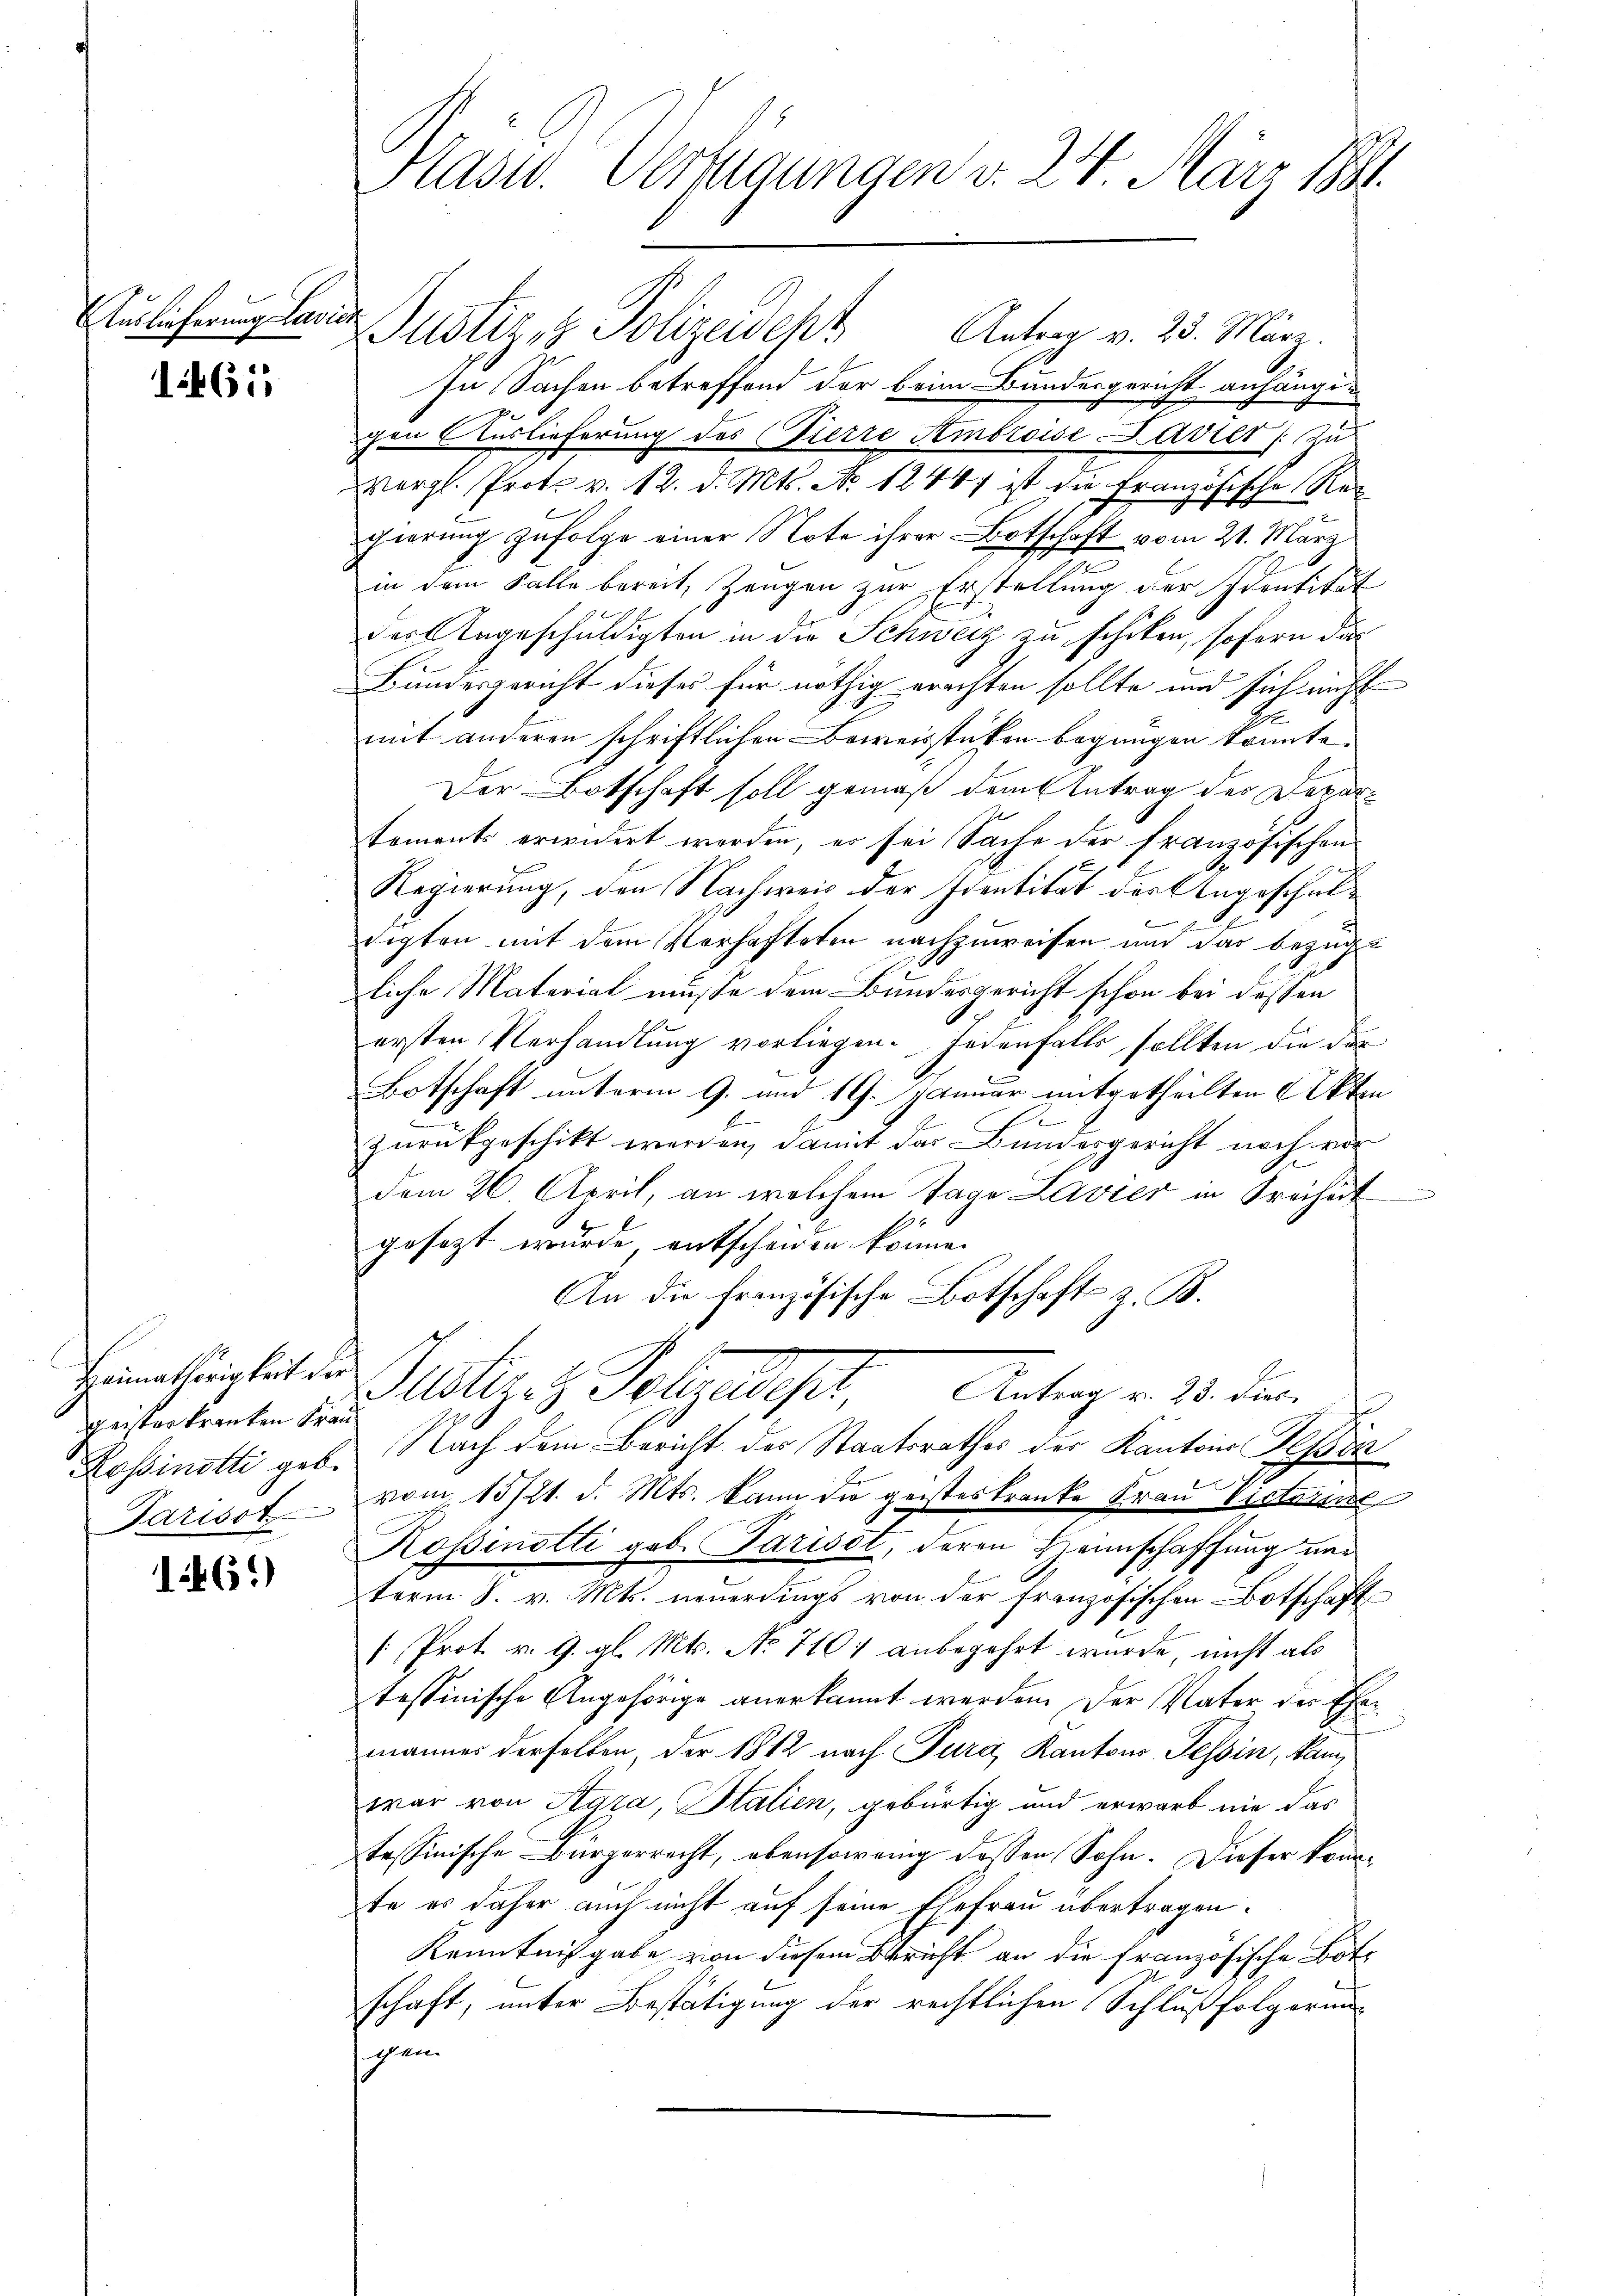
1461

geisterkranten Frau
Rossinotti geb.

16.)

Pasid. Verzugungen v. 24. März 1881.

Anlicherung leide Justiz- & Polizeideph Antrag v. 25. März.
In Sachen betreffend der beim Bundesgericht anhängigen Auslieferung des (Vierte Ambroise Lastet (Zu
Wergl. Prot. v. 12. d. Mts. No 1244) ist die Französische Regierung zufolge einer Note ihrer Botschaft vom 21. März
in dem Falle bereit, Zeugen zur Erstellung der Identität
der Angeschuldigten in die Schweiz zu schiken, sofern das
Bundesgericht dieses für nöthig erachten sollte und sich nicht
mit anderen schriftlichen Beweisstücken begnügen konnte.
Der Botschaft soll gemäß dem Antrag der Departoments erwidert werden, es sei Sache der französischen
Regierung, den Nachweis der Identität der Angeschule
d
tigten mit dem Verhafteten nachzuweisen und das bezügt
liche Material müsse dem Bundesgericht schon bei dessen
ersten Verhandlung vorliegen. Jedenfalls sollten die der
Botschaft unterm 9. und 19. Januar mitgetheilten Akten
zurückgeschikt werden, damit das Bundesgericht noch vor
dem 26. April, an welchem Tage Lavier in Freiheit
gesezt wurde, entscheiden könne.
An die Französische Botschafts z. B.
Himeligkeit der Justier z. Polyeder Antrag v. 25. Jur.
Nach dem Bericht des Staatsrathes der Kantons Teßin
Parisof vom 15/21. d. Mts. kann die geisteskranke Frau Victorsit
Rossenotti geb. Pariset, deren Heimschaffung nac
term S. v. Mts. neŭerdings von der französischen Botschaft
[Prot. v. 9. gl. Mts. No 7101 anbegehrt wurde, nicht als
tessinische Angehörige anerkannt werden. Der Vater der Ehemannes derselben, der 1812 nach Tura, Kantons Tessin, kam
war von Agra, Stalien, gebürtig und erwarb nie das
tessinische Bürgerrecht, ebensowenig dessen Sohn. Dieser konnte es daher auch nicht auf seine Ehefrau übertragen.
Kenntnißgabe von diesem Bericht an die französische Bote
schaft, unter Bestätigung der rechtlichen Schlußfolgerung
gen.